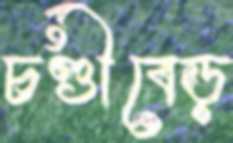
চণ্ডীবেড়